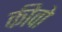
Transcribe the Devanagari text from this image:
कीवो